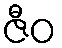
ဇီဝ